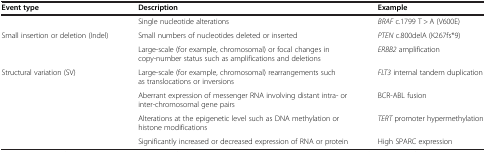
<table><thead><tr><td><b>Event type</b></td><td><b>Description</b></td><td><b>Example</b></td></tr></thead><tbody><tr><td>[EMPTY_CELL]</td><td>Single nucleotide alterations</td><td><i>BRAF</i> c.1799 T &gt; A (V600E)</td></tr><tr><td>Small insertion or deletion (Indel)</td><td>Small numbers of nucleotides deleted or inserted</td><td><i>PTEN</i> c.800delA (K267fs*9)</td></tr><tr><td>[EMPTY_CELL]</td><td>Large-scale (for example, chromosomal) or focal changes in copy-number status such as amplifications and deletions</td><td><i>ERBB2</i> amplification</td></tr><tr><td>Structural variation (SV)</td><td>Large-scale (for example, chromosomal) rearrangements such as translocations or inversions</td><td><i>FLT3</i> internal tandem duplication</td></tr><tr><td>[EMPTY_CELL]</td><td>Aberrant expression of messenger RNA involving distant intra- or inter-chromosomal gene pairs</td><td>BCR-ABL fusion</td></tr><tr><td>[EMPTY_CELL]</td><td>Alterations at the epigenetic level such as DNA methylation or histone modifications</td><td><i>TERT</i> promoter hypermethylation</td></tr><tr><td>[EMPTY_CELL]</td><td>Significantly increased or decreased expression of RNA or protein</td><td>High SPARC expression</td></tr></tbody></table>